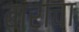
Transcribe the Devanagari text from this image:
बाराचा